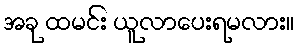
အခု ထမင်း ယူလာပေးရမလား။